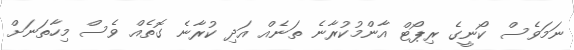
ނަމަވެސް ކޯނީގެ ރިޕޯޓް އާންމުކުރާނެ ތަނެއް އަދި ކުރާނެ ގޮތެއް ވެސް މިހާތަނަށް